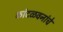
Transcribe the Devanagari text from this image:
कांदळवनांचे